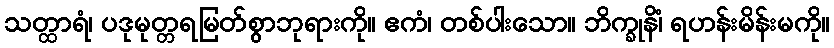
သတ္ထာရံ၊ ပဒုမုတ္တရမြတ်စွာဘုရားကို။ ဧကံ၊ တစ်ပါးသော။ ဘိက္ခုနိံ၊ ရဟန်းမိန်းမကို။